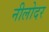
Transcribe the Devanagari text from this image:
नीलोदर